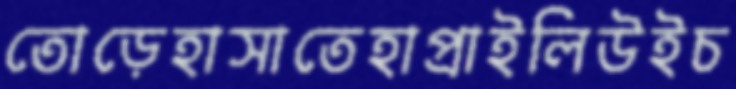
তোড়েহাসাতেহাপ্‌রাইলিউইচ